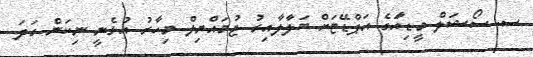
ސ. ސޯޝަލް މީޑިއާަގެ އަޕްޑޭޓަށް ބަލާލާއިރު ޖުމައްޔިލް މިހާރު އުޅެނީ ނިކަން ގަދަ